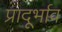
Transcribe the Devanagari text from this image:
प्रादूर्भाव